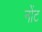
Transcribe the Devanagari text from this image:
नोंट